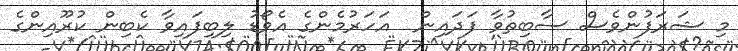
މި ޝަރަފުންވެސް ސާބިތުވާ ފަދައިން  އަހަރުމެންގެ އެވޯޑު ލިބިފައިވާ ކެބިން ކުރޫއިންގެ